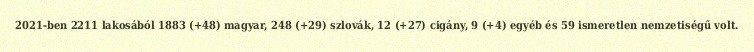
2021-ben 2211 lakosából 1883 (+48) magyar, 248 (+29) szlovák, 12 (+27) cigány, 9 (+4) egyéb és 59 ismeretlen nemzetiségű volt.